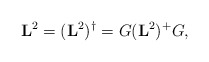
\begin{align*}\mathbf{L}^2 = (\mathbf{L}^2)^\dagger = G (\mathbf{L}^2)^+ G,\end{align*}